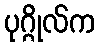
ပုဂ္ဂိုလ်က